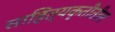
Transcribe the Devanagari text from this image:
साहित्यकृतीतील